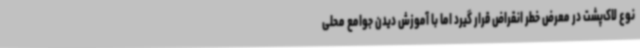
نوع لاک‌پشت در معرض خطر انقراض قرار گیرد اما با آموزش دیدن جوامع محلی